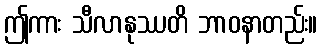
ဤကား သီလာနုဿတိ ဘာဝနာတည်း။